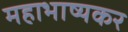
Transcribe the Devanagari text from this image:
महाभाष्यकर